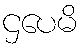
ဌပေမိ